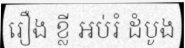
រឿង ខ្លី អប់រំ ដំបូង